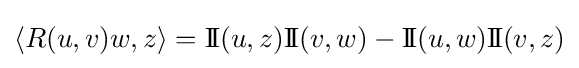
\langle R(u,v)w,z\rangle =\mathrm {I} \!\mathrm {I} (u,z)\mathrm {I} \!\mathrm {I} (v,w)-\mathrm {I} \!\mathrm {I} (u,w)\mathrm {I} \!\mathrm {I} (v,z)